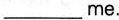
___me.